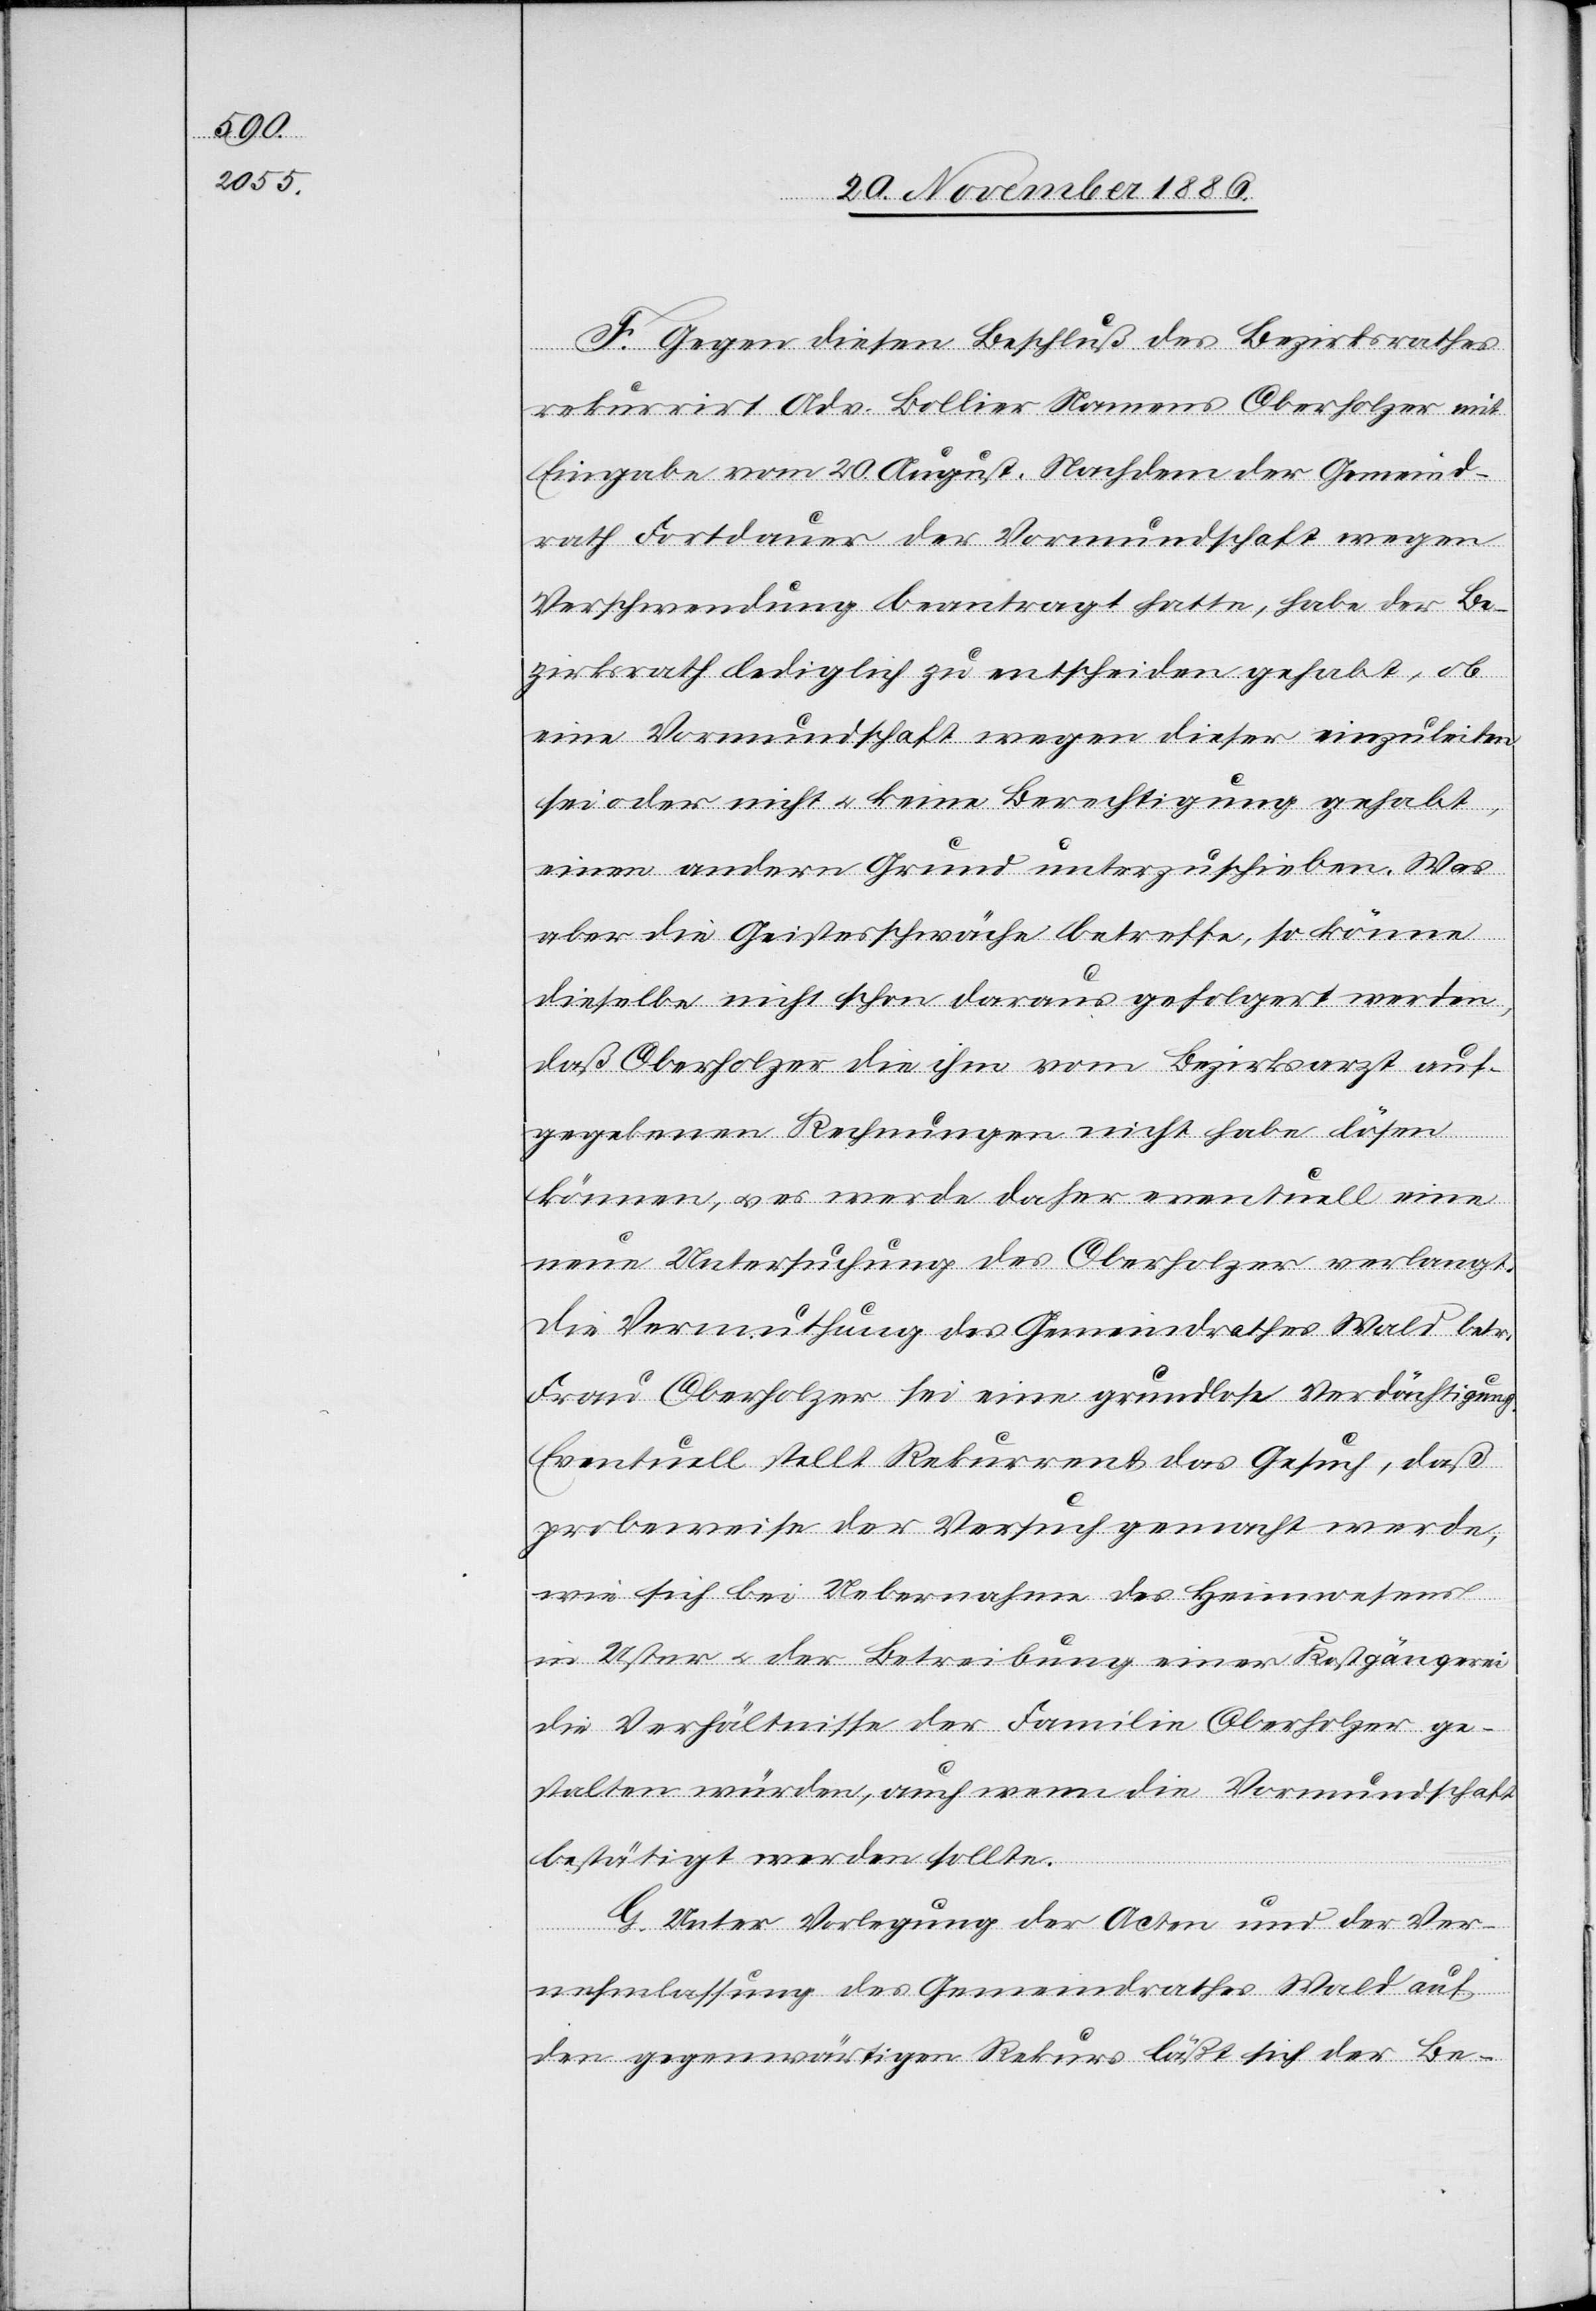
F. Gegen diesen Beschluß des Bezirksrathes
rekurrirt Adv. Bollier Namens Oberholzer mit
Eingabe vom 20. August. Nachdem der Gemeind¬
rath Fortdauer der Vormundschaft wegen
Verschwendung beantragt hatte, habe der Be¬
zirksrath lediglich zu entscheiden gehabt, ob
eine Vormundschaft wegen dieser einzuleiten
sei oder nicht & keine Berechtigung gehabt,
einen andern Grund unterzuschieben. Was
aber die Geistesschwäche betreffe, so könne
dieselbe nicht schon daraus gefolgert werden,
daß Oberholzer die ihm vom Bezirksrath auf¬
gegebenen Rechnungen nicht habe lösen
können, & es werde daher eventuell eine
neue Untersuchung des Oberholzer verlangt.
Die Vermuthung des Gemeindrathes Wald betr.
Frau Oberholzer sei eine grundlose Verdächtigung.
Eventuell stellt Rekurrent das Gesuch, daß
probeweise der Versuch gemacht werde,
wie sich bei Uebernahme des Heimwesens
in Uster & der Betreibung einer Kostgängerei
die Verhältnisse der Familie Oberholzer ge¬
stalten würden, auch wenn die Vormundschaft
bestätigt werden sollte.
G. Unter Vorlegung der Acten und der Ver¬
nehmlassung des Gemeindrathes Wald auf
den gegenwärtigen Rekurs läßt sich der Be-